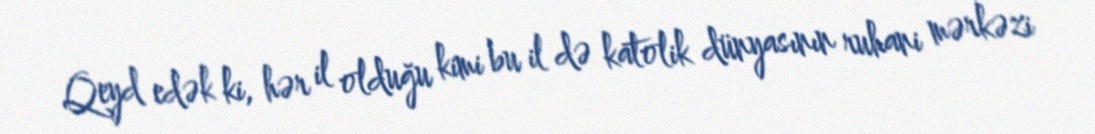
Qeyd edək ki, hər il olduğu kimi bu il də katolik dünyasının ruhani mərkəzi